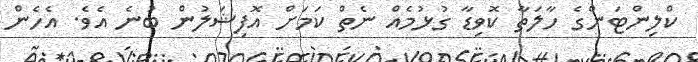
ކްލިންޓަންގެ ހާލަތާ ކޮވިޑާ ގުޅުމެއް ނެތް ކަމަށް އޮފިޝަލުން ބުނެ އެވެ. އެހެން